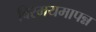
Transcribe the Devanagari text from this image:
विस्मयमापन्न